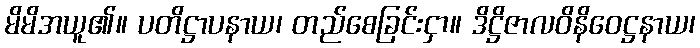
မိမိအယူ၏။ ပတိဋ္ဌာပနာယ၊ တည်စေခြင်းငှာ။ ဒိဋ္ဌိဇာလဝိနိဝေဋ္ဌနာယ၊